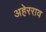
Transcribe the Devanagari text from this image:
अहेरराव